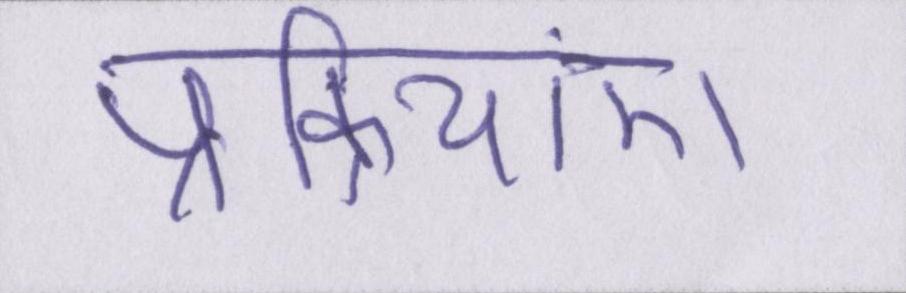
प्रक्रियाएं